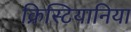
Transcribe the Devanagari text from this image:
क्रिस्टियानिया